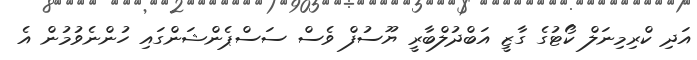
އަދި ކްރިމިނަލް ކޯޓުގެ ގާޒީ އަބްދުލްބާރީ ޔޫސުފް ވެސް ސަސްޕެންޝަންގައި ހުންނެވުމުން އެ